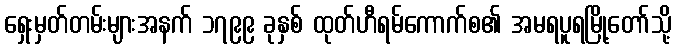
ရှေးမှတ်တမ်းများအနက် ၁၇၉၉ ခုနှစ် ထုတ်ဟီရမ်ကောက်စ၏ အမရပူရမြို့တော်သို့